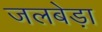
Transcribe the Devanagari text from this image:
जलबेड़ा